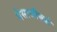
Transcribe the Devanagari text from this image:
येसाजीकडे